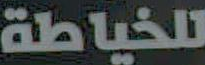
للخياطة